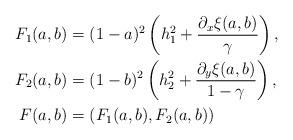
LaTeX: \begin{align*}F_1(a,b)&=(1-a)^2\left(h_1^2+\frac{\partial_x\xi (a,b)}{\gamma}\right),\\F_2(a,b)&=(1-b)^2\left(h_2^2+\frac{\partial_y\xi(a,b)}{1-\gamma}\right),\\F(a,b)&=\left(F_1(a,b),F_2(a,b)\right)\end{align*}